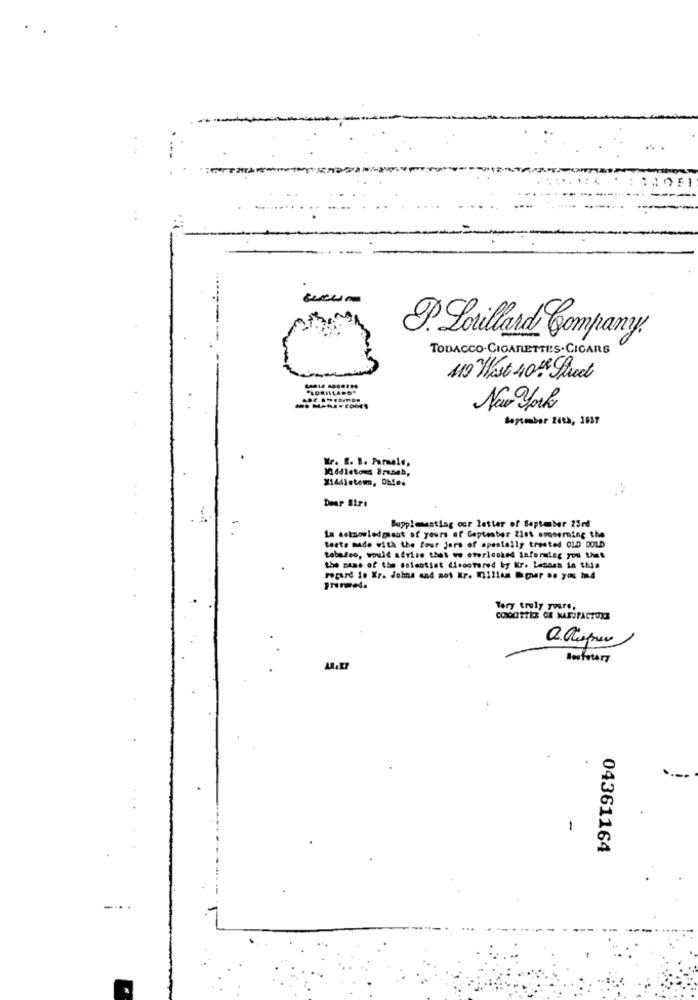
D. Lorillard Company
TOBACCO-CIGARETTES.CICARS
119 West 40% Street
.....
- codes
New york
September 24th, 1937
Middleton Brunch,
Boppleusting our letter of September 23rd
La actnowledgeut of yours of Cepteaber 2let soccerning the
tests made with the four jurs of spesially treated OLD GOLD
tobaleo, would advise that wo overlooked informdeg you thet
the same of the soientist discovered by Kr. Lenaas in this
rocard ie Xr. Johns and not Kr. Miilles mper .. you hd
Tery truly yours.
COOGTTLE CE MARUFACTORS
amfotery
1
04361164